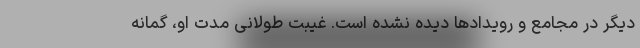
دیگر در مجامع و رویدادها دیده نشده است. غیبت طولانی مدت او، گمانه